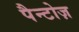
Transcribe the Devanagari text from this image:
पैन्टोज़